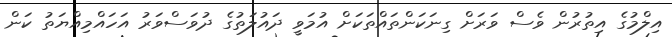
އިލްމުގެ އިތުރުން ވެސް ވަރަށް ގިނަކަންތައްތަކަށް އުމަވީ ދައުލަތުގެ ދުވަސްވަރު އަހައްމިއްޔަތު ކަން